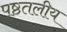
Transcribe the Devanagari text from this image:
पृष्ठतलीय